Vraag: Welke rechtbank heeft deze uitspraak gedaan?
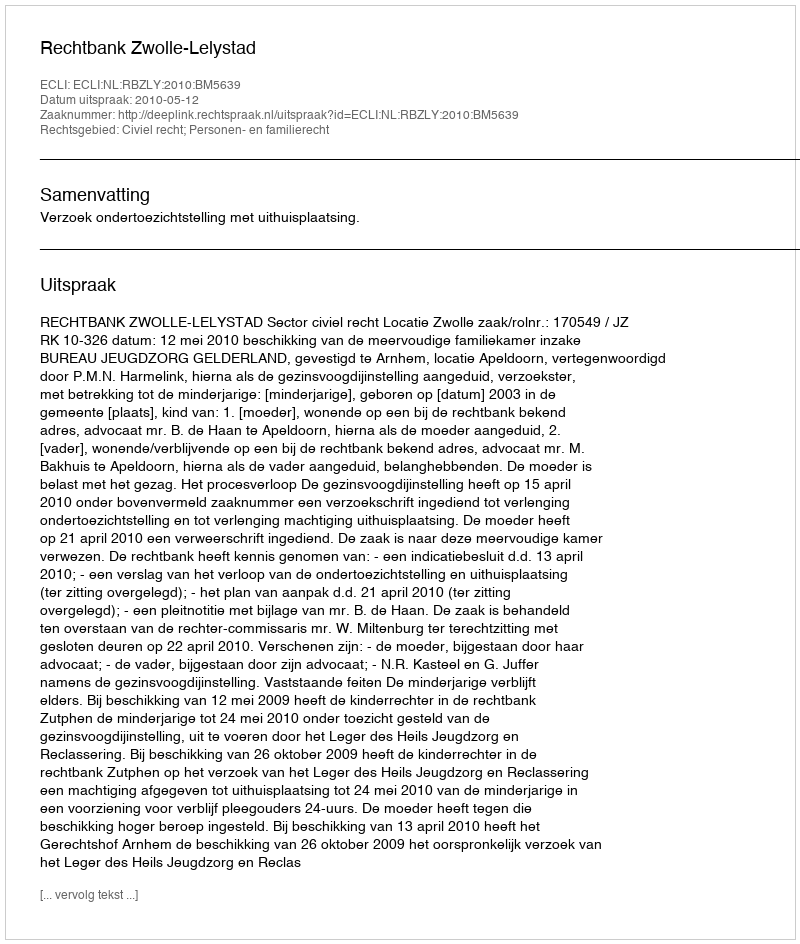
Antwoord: Rechtbank Zwolle-Lelystad